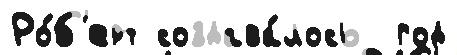
Ро́б'ерт создава́лось  год